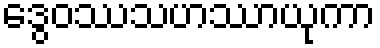
ဒွေဝဿသဟဿာယုကာ